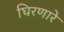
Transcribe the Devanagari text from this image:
घिरणारे